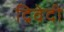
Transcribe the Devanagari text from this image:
द्रिवेदी